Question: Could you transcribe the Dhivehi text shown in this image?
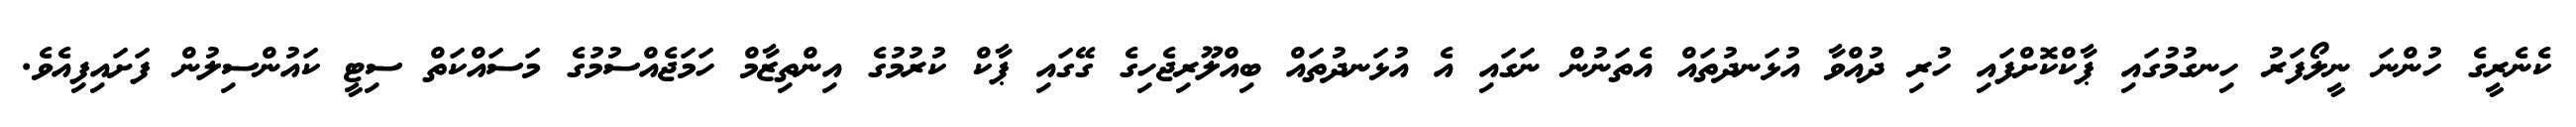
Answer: ކެނެރީގެ ހުންނަ ނީލޯފަރު ހިނގުމުގައި ޕާކްކޮށްފައި ހުރި ދުއްވާ އުޅަނދުތައް އެތަނުން ނަގައި އެ އުޅަނދުތައް ބިއްލޫރިޖެހިގެ ގޭގައި ޕާކް ކުރުމުގެ އިންތިޒާމް ހަމަޖެއްސުމުގެ މަސައްކަތް ސިޓީ ކައުންސިލުން ފަށައިފިއެވެ.